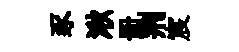
豕湫册荆宸